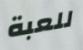
للعبة